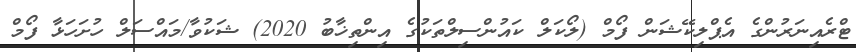
ޓްރެއިނަރުންގެ އެޕްލިކޭޝަން ފޯމް (ލޯކަލް ކައުންސިލްތަކުގެ އިންތިޚާބު 2020) ޝަކުވާ/މައްސަލް ހުށަހަޅާ ފޯމް